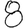
Digit: 8